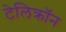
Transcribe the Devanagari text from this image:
टेलिक्रॉन